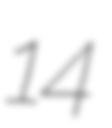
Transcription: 14